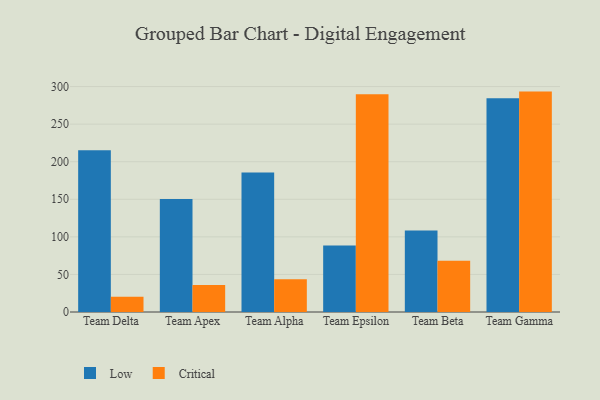
{"axis": {"x": "Team", "y": "Page Views"}, "legend": ["Critical", "Low"], "data": [{"x": "Team Delta", "y": 215.4, "type": "Low"}, {"x": "Team Delta", "y": 20.4, "type": "Critical"}, {"x": "Team Apex", "y": 150.5, "type": "Low"}, {"x": "Team Apex", "y": 35.9, "type": "Critical"}, {"x": "Team Alpha", "y": 185.8, "type": "Low"}, {"x": "Team Alpha", "y": 43.5, "type": "Critical"}, {"x": "Team Epsilon", "y": 88.5, "type": "Low"}, {"x": "Team Epsilon", "y": 289.7, "type": "Critical"}, {"x": "Team Beta", "y": 108.4, "type": "Low"}, {"x": "Team Beta", "y": 68.1, "type": "Critical"}, {"x": "Team Gamma", "y": 284.6, "type": "Low"}, {"x": "Team Gamma", "y": 293.3, "type": "Critical"}]}